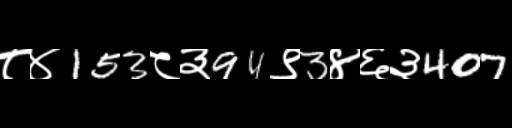
Text: ८४153८३94९3४६३407